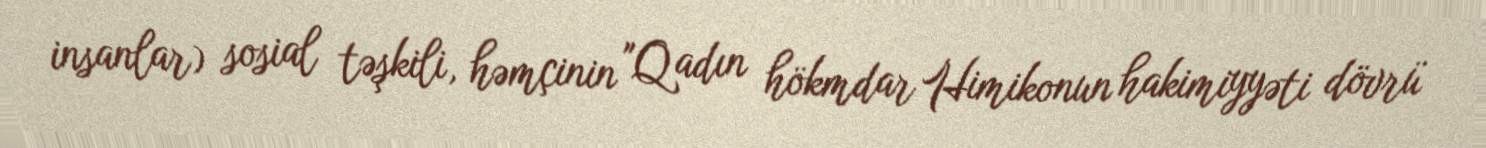
insanlar) sosial təşkili, həmçinin "Qadın hökmdar Himikonun hakimiyyəti dövrü